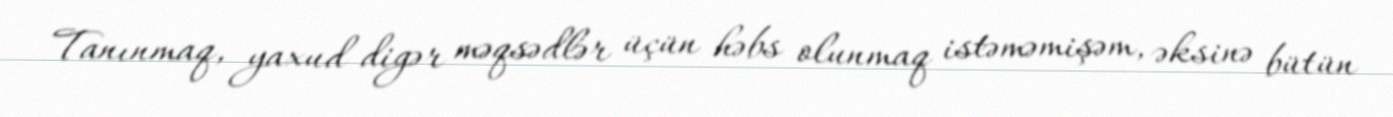
Tanınmaq, yaxud digər məqsədlər üçün həbs olunmaq istəməmişəm, əksinə bütün